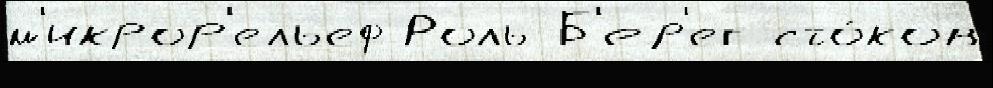
м'икрор'ельеф Роль Б'ер'ег сто́ков